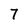
Character: 7